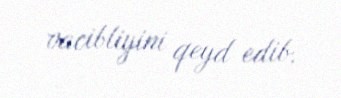
vacibliyini qeyd edib.